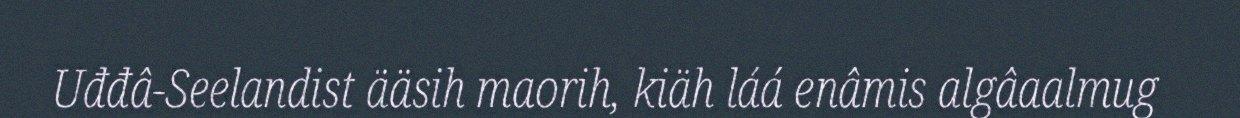
Uđđâ-Seelandist ääsih maorih, kiäh láá enâmis algâaalmug